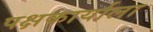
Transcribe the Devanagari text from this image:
पक्षकार्याला